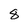
Character: 8